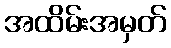
အထိမ်းအမှတ်